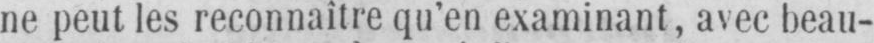
ne peut les reconnaître qu’en examinant, avec beau-